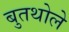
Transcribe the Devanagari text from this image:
बुतथोले